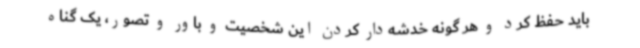
باید حفظ کرد و هر گونه خدشه‌دار کردن این شخصیت و باور و تصور، یک گناه